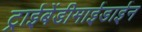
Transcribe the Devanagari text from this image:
ट्राईबेंडीमाईडाईन